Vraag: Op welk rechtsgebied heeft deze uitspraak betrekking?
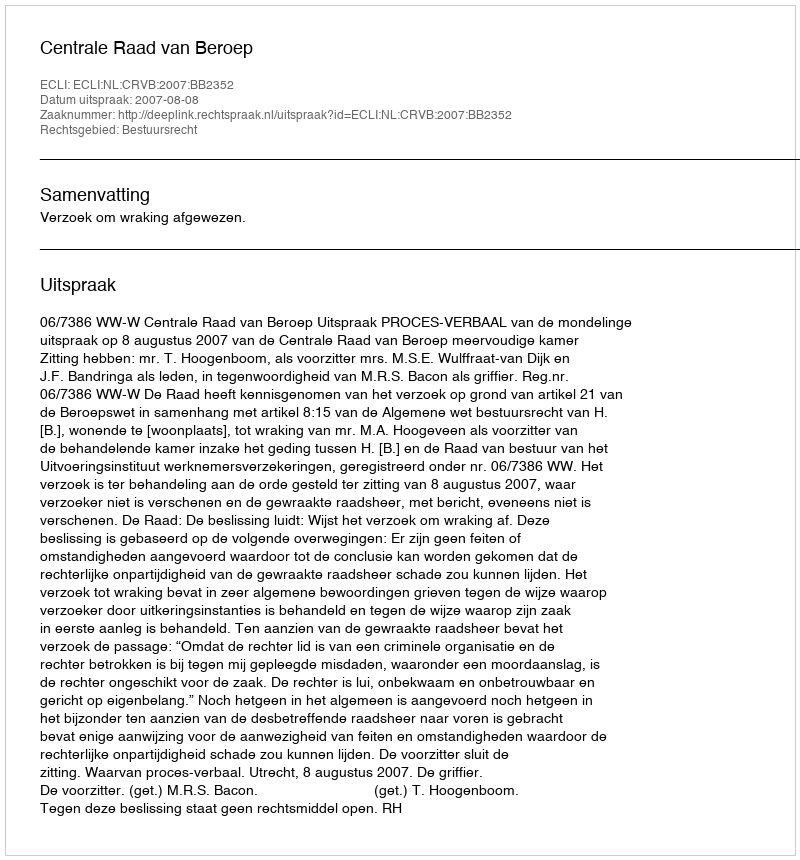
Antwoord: Bestuursrecht